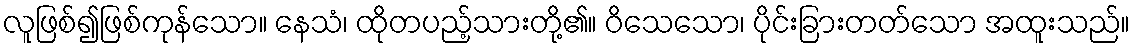
လူဖြစ်၍ဖြစ်ကုန်သော။ နေသံ၊ ထိုတပည့်သားတို့၏။ ဝိသေသော၊ ပိုင်းခြားတတ်သော အထူးသည်။